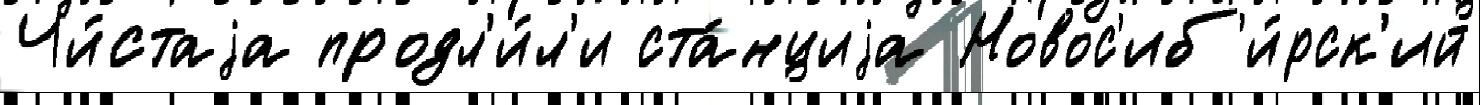
Чи́стаjа продл'и́л'и ста́нциjа Новос'иб'и́рск'ий